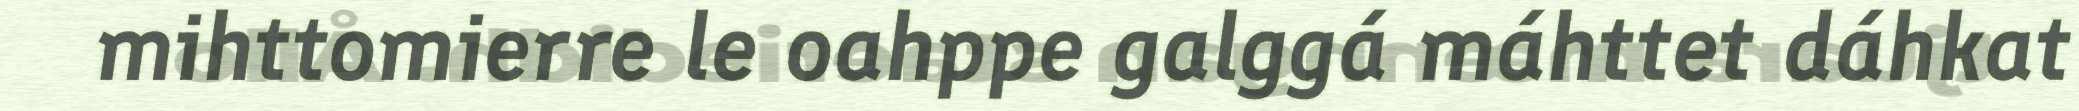
mihttomierre le oahppe galggá máhttet dáhkat